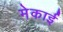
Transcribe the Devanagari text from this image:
मेकाई